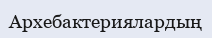
Архебактериялардың